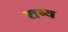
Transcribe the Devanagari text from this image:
शष्य